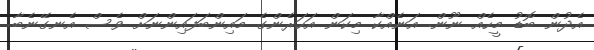
އެދުން ބޮޑު މީހެއް ނޫން. އަނެއްކާ މިކަން އަހަރެންގެ މައިންބަފައިންނަށް ވެސް އެނގޭނެބާ